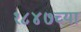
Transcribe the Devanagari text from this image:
१८४७च्या